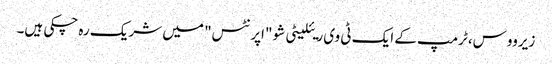
زیرووس، ٹرمپ کے ایک ٹی وی ریئلیٹی شو "اپرنٹس" میں شریک رہ چکی ہیں۔